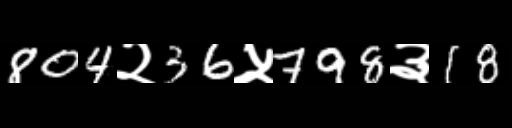
Text: 804२36५798३18